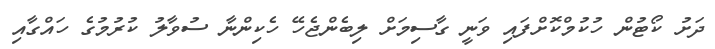
ދަށު ކޯޓުން ހުކުމްކޮށްފައި ވަނީ ގާސިމަށް ލިބެންޖެހޭ ހެކިންނާ ސުވާލު ކުރުމުގެ ހައްގާއި